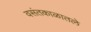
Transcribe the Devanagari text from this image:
वसंतकाळातले